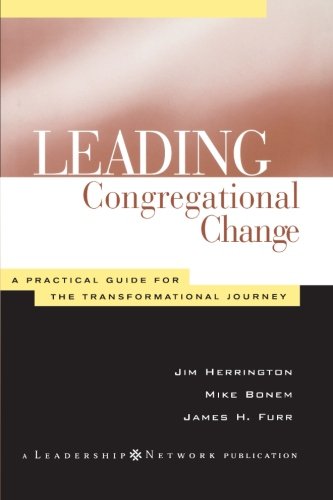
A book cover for Leading Congregational Change: A Practical Guide for the Transformational Journey; Jim Herrington; Christian Books & Bibles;